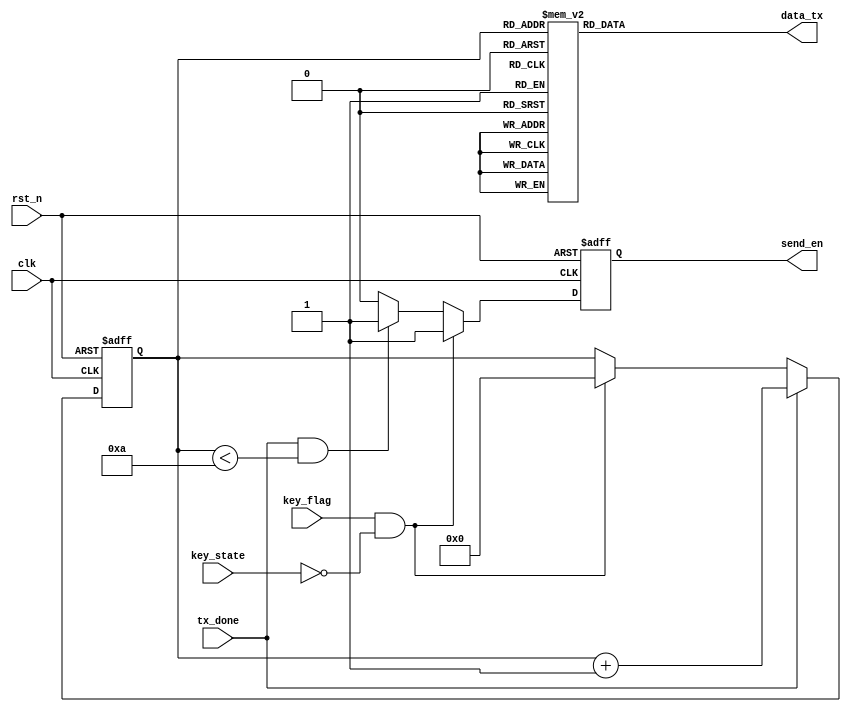
`timescale 1ns/1ps
//////////////////////////////////////////////////////////////////////////////////
// Company: 
// Engineer: 
// 
// Design Name: 
// Module Name:    str_ctrl 
// Project Name: 
// Target Devices: 
// Tool versions: 
// Description: 
//
// Dependencies: 
//
// Revision: 
// Revision 0.01 - File Created
// Additional Comments: 
//
//////////////////////////////////////////////////////////////////////////////////
module str_ctrl(
    input clk,
    input rst_n,
    input key_state,
    input key_flag,
    input tx_done,

    output reg[7:0] data_tx,
    output reg send_en
    
    );

    //hello,nuaa!
    localparam 
        str_0  = "h",
        str_1  = "e",
        str_2  = "l",
        str_3  = "l",
        str_4  = "o",
        str_5  = ",",
        str_6  = "n",
        str_7  = "u",
        str_8  = "a",
        str_9  = "a",

        //
        str_10 = "\r",
        str_11 = "\n";  

    
    reg [3:0] cnt; 

    //cnt
    always @(posedge clk or negedge rst_n) begin
        if(!rst_n)
            cnt <= 4'd0;     
        else if(tx_done) 
            cnt <= cnt + 4'd1;
        else if(key_flag & !key_state)
            cnt <= 4'd0;
    end   

    //send_en_control
    always @(posedge clk or negedge rst_n) begin
        if(!rst_n)
            send_en <= 1'b0;
        else if(key_flag & !key_state)
            send_en <= 1'b1;
        else if(tx_done & (cnt < 4'd10))
            send_en <= 1'b1;
        else
            send_en <= 1'b0;
    end
            


    //data_tx_control
    always @(*) begin
        
        case (cnt)
            4'd0 : data_tx = str_0;
            4'd1 : data_tx = str_1;
            4'd2 : data_tx = str_2;
            4'd3 : data_tx = str_3;
            4'd4 : data_tx = str_4;
            4'd5 : data_tx = str_5;
            4'd6 : data_tx = str_6;
            4'd7 : data_tx = str_7; 
            4'd8 : data_tx = str_8;
            4'd9 : data_tx = str_9;
            4'd10: data_tx = str_10;
            4'd11: data_tx = str_11;
            default 
                : data_tx = 0;
        endcase
    end

endmodule